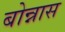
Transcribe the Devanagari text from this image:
बोन्नास